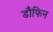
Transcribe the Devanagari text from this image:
डौफिन